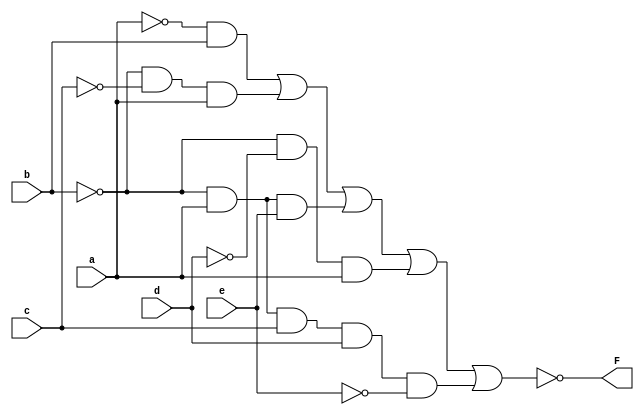
`timescale 1ns / 1ps
//////////////////////////////////////////////////////////////////////////////////
// Company: 
// Engineer: 
// 
// Design Name: 
// Module Name:    PressureAnalyzer 
// Project Name: 
// Target Devices: 
// Tool versions: 
// Description: 
//
// Dependencies: 
//
// Revision: 
// Revision 0.01 - File Created
// Additional Comments: 
//
//////////////////////////////////////////////////////////////////////////////////
module PressureAnalyzer(a,b,c,d,e,F);
input a,b,c,d,e;
output F;
wire a1,a2,a3,a4,a22,na,nb,nc,nd,f,n1,n2,n3,n4,n5;
not no1(n1,a);
not no2(n2,b);
not no3(n3,c);
not no4(n4,d);
not no5(n5,e);
and an1(a1,n1,b);
and an2(a2,n2,n3,a);
and an3(a3,n2,a,e);
and an4(a4,n2,n4,a);
and an22(a22,a,n2,c,d,n5);
or sum(f,a1,a2,a3,a4,a22);
not final(F,f);



endmodule